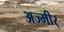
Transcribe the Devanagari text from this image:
अज्मीर्